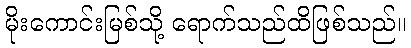
မိုးကောင်းမြစ်သို့ ရောက်သည်ထိဖြစ်သည်။